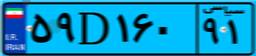
۲۵D۰۴۶۰۱